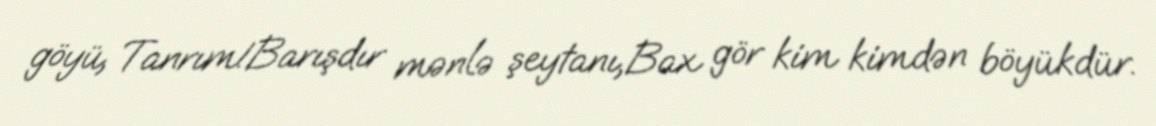
göyü, Tanrım!Barışdır mənlə şeytanı,Bax gör kim kimdən böyükdür.